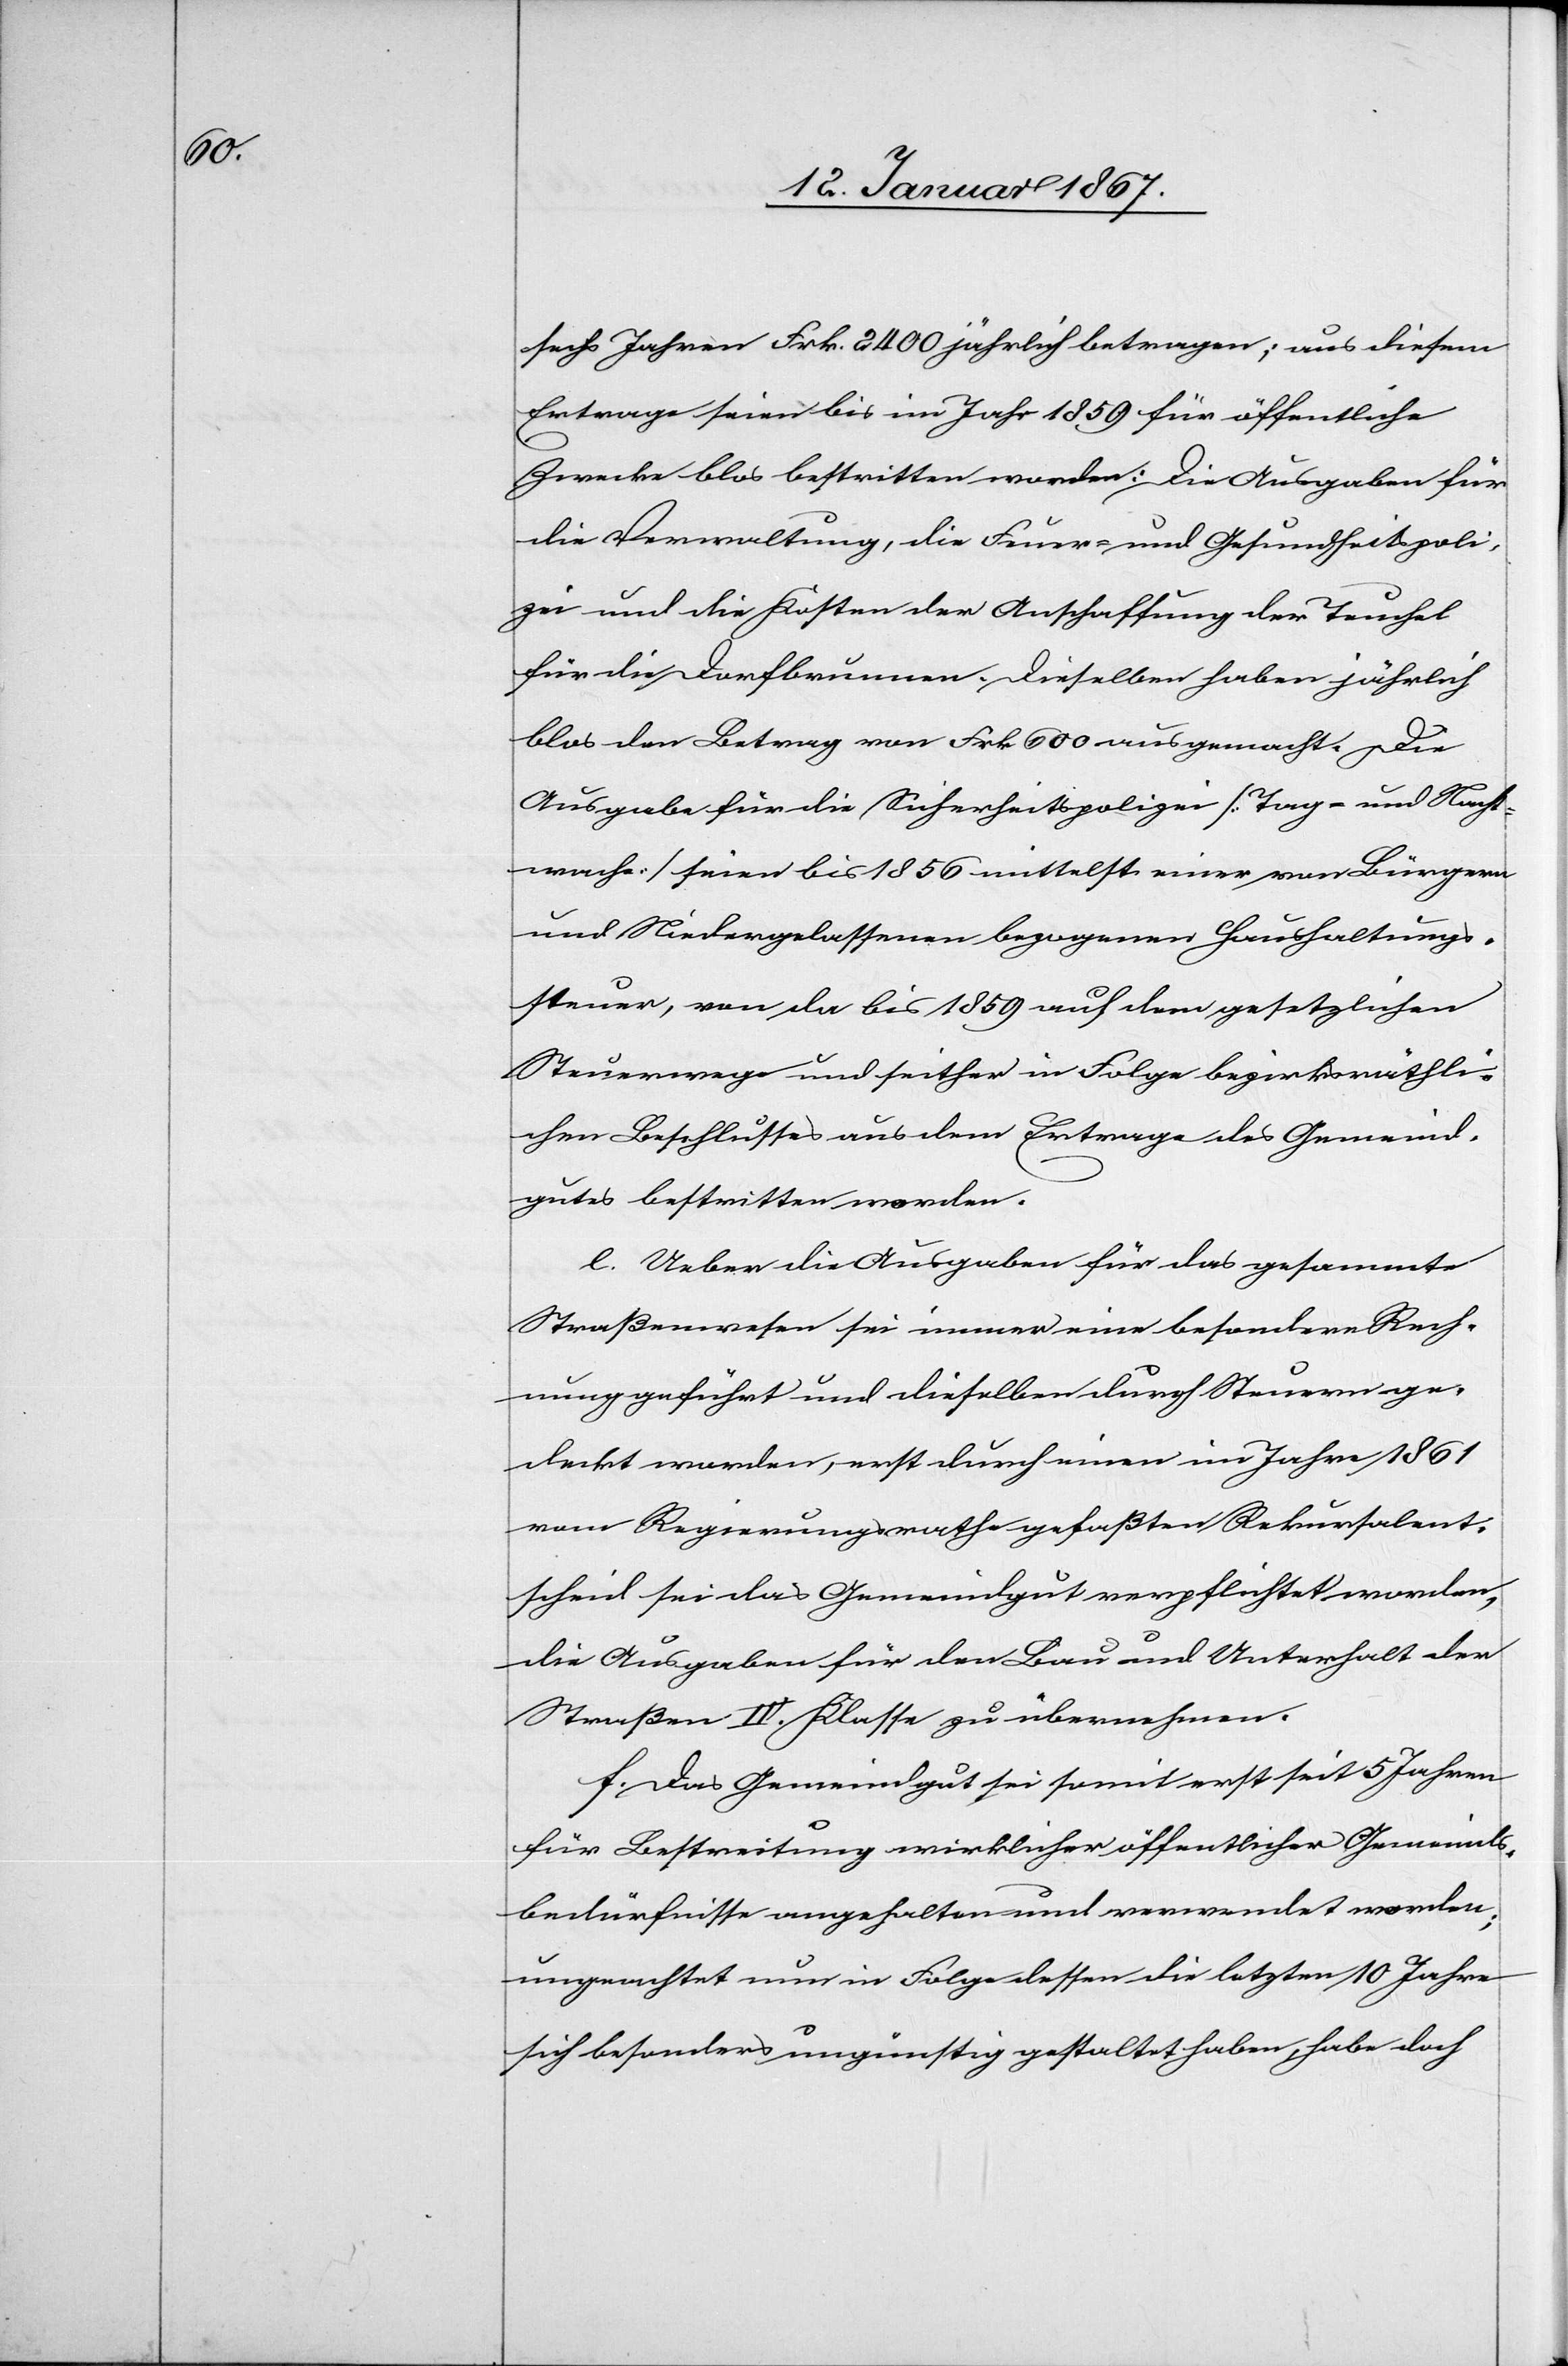
sechs Jahren Frk. 2400 jährlich betragen; aus diesem
Ertrage seien bis im Jahr 1859 für öffentliche
Zwecke blos bestritten worden: Die Ausgaben für
die Verwaltung, die Feuer- und Gesundheitspoli¬
zei und die Kosten der Anschaffung der Teuchel
für die Dorfbrunnen. Dieselben haben jährlich
blos den Betrag von Frk 600 ausgemacht. Die
Ausgabe für die Sicherheitspolizei [Tag- und Nacht¬
wache] seien bis 1856 mittelst einer von Bürgern
und Niedergelassenen bezogenen Haushaltungs¬
steuer, von da bis 1859 auf dem gesetzlichen
Steuerwege und seither in Folge bezirksräthli¬
chen Beschlusses aus dem Ertrage des Gemeind¬
gutes bestritten worden.
e. Ueber die Ausgaben für das gesammte
Straßenwesen sei immer eine besondere Rech¬
nung geführt und dieselben durch Steuern ge¬
deckt worden, erst durch einen im Jahr 1861
vom Regierungsrathe gefaßten Rekursalent¬
scheid sei das Gemeindgut verpflichtet worden,
die Ausgaben für den Bau und Unterhalt der
Straßen III. Klasse zu übernehmen.
f. Das Gemeindgut sei somit erst seit 5 Jahren
für Bestreitung wirklicher öffentlicher Gemeinds¬
bedürfnisse angehalten und verwendet worden;
ungeachtet nun in Folge dessen die letzten 10 Jahre
sich besonders ungünstig gestaltet haben, habe doch